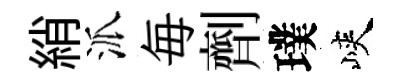
綃派毎劑璞峽